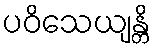
ပဝိသေယျန္တိ